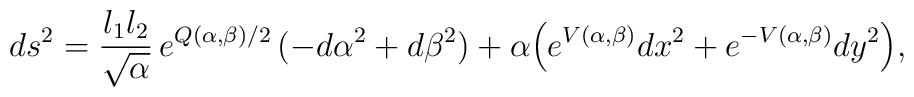
ds^2 ={l_1 l_2 \over \sqrt{\alpha}}\,e^{Q(\alpha,\beta)/2}\,(- d\alpha^2 + d\beta^2) + \alpha {\left(e^{V(\alpha,\beta)} dx^2 + e^{-V(\alpha,\beta)}dy^2\right)},